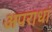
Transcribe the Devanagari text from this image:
अपराधां